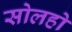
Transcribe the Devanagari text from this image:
सोलहो